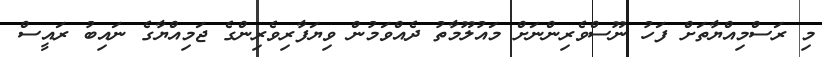
މި ރަސްމިއްޔާތަށް ފަހު ނޫސްވެރިންނަށް މައުލޫމާތު ދެއްވަމުން ވިޔަފާރިވެރިންގެ ޖަމިއްޔާގެ ނައިބު ރައީސް